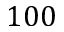
1 0 0